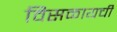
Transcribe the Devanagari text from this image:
विसळायची